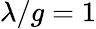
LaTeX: \lambda/g=1